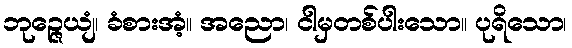
ဘုဉ္ဇေယျံ၊ ခံစားအံ့။ အညော၊ ငါမှတစ်ပါးသော။ ပုရိသော၊